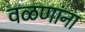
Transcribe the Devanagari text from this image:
वळणांना